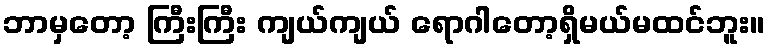
ဘာမှတော့ ကြီးကြီး ကျယ်ကျယ် ရောဂါတော့ရှိမယ်မထင်ဘူး။